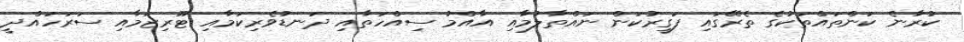
ކުރާނެ ކަންތައްތަކުގެ ތެރޭގައި ފަގީރުކަން ނައްތާލުމާއި އާއްމު ސިއްހަތާއި ދަނޑުވެރިކަމާއި ޓޫރިޒަމާއި ސަރަހައްދީ